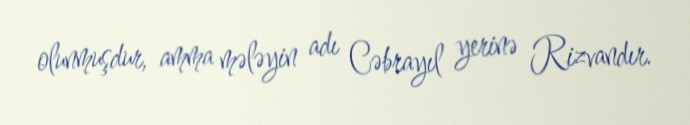
olunmuşdur, amma mələyin adı Cəbrayıl yerinə Rizvandır.